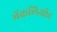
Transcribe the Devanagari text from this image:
मॅकलिऑड